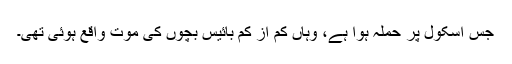
جس اسکول پر حملہ ہوا ہے، وہاں کم از کم بائیس بچوں کی موت واقع ہوئی تھی۔